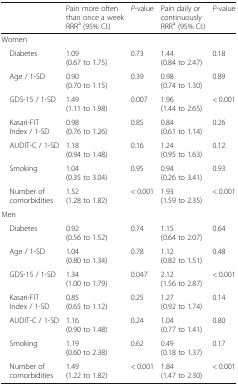
<table><thead><tr><td>[EMPTY_CELL]</td><td><b>Pain more often than once a week RRR<sup>a</sup> (95% CI:)</b></td><td><b><i>P</i>-value</b></td><td><b>Pain daily or continuously RRR<sup>a</sup> (95% CI:)</b></td><td><b><i>P</i>-value</b></td></tr></thead><tbody><tr><td colspan="5">Women</td></tr><tr><td> Diabetes</td><td>1.09 (0.67 to 1.75)</td><td>0.73</td><td>1.44 (0.84 to 2.47)</td><td>0.18</td></tr><tr><td> Age / 1-SD</td><td>0.90 (0.70 to 1.15)</td><td>0.39</td><td>0.98 (0.74 to 1.30)</td><td>0.89</td></tr><tr><td> GDS-15 / 1-SD</td><td>1.49 (1.11 to 1.98)</td><td>0.007</td><td>1.96 (1.44 to 2.65)</td><td>&lt; 0.001</td></tr><tr><td> Kasari-FIT Index / 1-SD</td><td>0.98 (0.76 to 1.26)</td><td>0.85</td><td>0.84 (0.61 to 1.14)</td><td>0.26</td></tr><tr><td> AUDIT-C / 1-SD</td><td>1.18 (0.94 to 1.48)</td><td>0.16</td><td>1.24 (0.95 to 1.63)</td><td>0.12</td></tr><tr><td> Smoking</td><td>1.04 (0.35 to 3.04)</td><td>0.95</td><td>0.94 (0.26 to 3.41)</td><td>0.93</td></tr><tr><td> Number of comorbidities</td><td>1.52 (1.28 to 1.82)</td><td>&lt; 0.001</td><td>1.93 (1.59 to 2.35)</td><td>&lt; 0.001</td></tr><tr><td colspan="5">Men</td></tr><tr><td> Diabetes</td><td>0.92 (0.56 to 1.52)</td><td>0.74</td><td>1.15 (0.64 to 2.07)</td><td>0.64</td></tr><tr><td> Age / 1-SD</td><td>1.04 (0.80 to 1.34)</td><td>0.78</td><td>1.12 (0.82 to 1.51)</td><td>0.48</td></tr><tr><td> GDS-15 / 1-SD</td><td>1.34 (1.00 to 1.79)</td><td>0.047</td><td>2.12 (1.56 to 2.87)</td><td>&lt; 0.001</td></tr><tr><td> Kasari-FIT Index / 1-SD</td><td>0.85 (0.65 to 1.12)</td><td>0.25</td><td>1.27 (0.92 to 1.74)</td><td>0.14</td></tr><tr><td> AUDIT-C / 1-SD</td><td>1.16 (0.90 to 1.48)</td><td>0.24</td><td>1.04 (0.77 to 1.41)</td><td>0.80</td></tr><tr><td> Smoking</td><td>1.19 (0.60 to 2.38)</td><td>0.62</td><td>0.49 (0.18 to 1.37)</td><td>0.17</td></tr><tr><td> Number of comorbidities</td><td>1.49 (1.22 to 1.82)</td><td>&lt; 0.001</td><td>1.84 (1.47 to 2.30)</td><td>&lt; 0.001</td></tr></tbody></table>